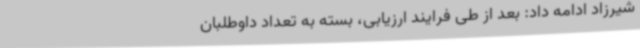
شیرزاد ادامه داد: بعد از طی فرایند ارزیابی، بسته به تعداد داوطلبان